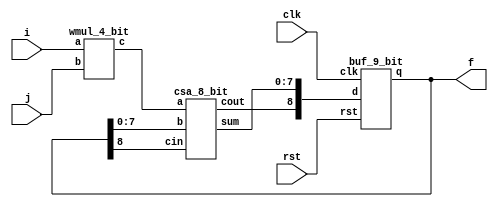
`timescale 1ns / 1ps

module MAC_4_bit(f,i,j,clk,rst);
    
    input [3:0]i,j;
    input clk,rst;
    output [8:0]f;
    
    wire [7:0]m,a;
    wire [8:0]t;
    wire ca1;
    
    wmul_4_bit multiply(m,i,j);
    
    csa_8_bit adder(a,ca1,m,t[7:0],t[8]);
    
    buf_9_bit accmulator(t,{ca1,a},clk,rst);
    
    assign f = t;
    
endmodule

//////////////////////////////////////////////////////////////////////////////////

module buf_9_bit(q,d,clk,rst);

    input [8:0]d;
    input clk,rst;
    output [8:0]q;

        d_ff buffer0(q[0],d[0],clk,rst);
        d_ff buffer1(q[1],d[1],clk,rst);
        d_ff buffer2(q[2],d[2],clk,rst);
        d_ff buffer3(q[3],d[3],clk,rst);
        d_ff buffer4(q[4],d[4],clk,rst);
        d_ff buffer5(q[5],d[5],clk,rst);   
        d_ff buffer6(q[6],d[6],clk,rst);
        d_ff buffer7(q[7],d[7],clk,rst);
        d_ff buffer8(q[8],d[8],clk,rst);
   
endmodule

//////////////////////////////////////////////////////////////////////////////////

module d_ff(q,d,clk,rst);

    input d,clk,rst;
    output reg q;
    
    always @(posedge clk or negedge rst)
    begin
        if(!rst)
            q <= 1'b0; 
        else 
            q <= d; 
    end
        
endmodule 

//////////////////////////////////////////////////////////////////////////////////

module csa_8_bit(sum,cout,a,b,cin);
    
    input [7:0]a,b;
    input cin;
    output [7:0]sum;
    output cout;
    
    wire [7:0]s,c;
    wire [6:0]t;
    
    full_adder adder0(s[0],c[0],a[0],b[0],cin);
    full_adder adder1(s[1],c[1],a[1],b[1],cin);
    full_adder adder2(s[2],c[2],a[2],b[2],cin);
    full_adder adder3(s[3],c[3],a[3],b[3],cin);
    full_adder adder4(s[4],c[4],a[4],b[4],cin);
    full_adder adder5(s[5],c[5],a[5],b[5],cin);
    full_adder adder6(s[6],c[6],a[6],b[6],cin);
    full_adder adder7(s[7],c[7],a[7],b[7],cin);
    
    assign sum[0] = s[0];
    
    half_adder adder8(sum[1],t[0],c[0],s[1]);
    full_adder adder9(sum[2],t[1],c[1],s[2],t[0]);
    full_adder adder10(sum[3],t[2],c[2],s[3],t[1]);
    full_adder adder11(sum[4],t[3],c[3],s[4],t[2]);
    full_adder adder12(sum[5],t[4],c[4],s[5],t[3]);
    full_adder adder13(sum[6],t[5],c[5],s[6],t[4]);
    full_adder adder14(sum[7],t[6],c[6],s[7],t[5]);
    half_adder adder15(cout, ,c[7],t[6]);
 
       
endmodule

//////////////////////////////////////////////////////////////////////////////////

module wmul_4_bit(c,a,b);

    input [3:0]a,b;
    output [7:0]c;
    
    reg p[3:0][3:0];
    wire s0,s1,s2,s3,s4,s5,s6,s7,s8,s9,s10,s11;
    wire c0,c1,c2,c3,c4,c5,c6,c7,c8,c9,c10,c11;
    
    integer i,j;
    
    always @ (a or b)
    begin
        
        for(i=0;i<=3;i=i+1)
            for(j=0;j<=3;j=j+1)
                p[j][i] <= a[j]&b[i];
        
     end 
     
     half_adder adder1(s0,c0,p[0][1],p[1][0]);
     full_adder adder2(s1,c1,p[0][2],p[1][1],p[2][0]);
     full_adder adder3(s2,c2,p[0][3],p[1][2],p[2][1]);
     half_adder adder4(s3,c3,p[1][3],p[2][2]);
     
     half_adder adder5(s4,c4,s1,c0);
     full_adder adder6(s5,c5,s2,c1,p[3][0]);
     full_adder adder7(s6,c6,s3,c2,p[3][1]);
     full_adder adder8(s7,c7,p[2][3],c3,p[3][2]);
     
     half_adder adder9(s8,c8,s5,c4);
     full_adder adder10(s9,c9,s6,c5,c8);
     full_adder adder11(s10,c10,s7,c6,c9);
     full_adder adder12(s11,c11,p[3][3],c7,c10);
     
     assign c[0] = p[0][0];
     assign c[1] = s0;
     assign c[2] = s4;
     assign c[3] = s8;
     assign c[4] = s9;
     assign c[5] = s10;
     assign c[6] = s11;
     assign c[7] = c11;
     
endmodule
        
//////////////////////////////////////////////////////////////////////////////////
        
module full_adder(sum,carry,a,b,c);
    
    output sum,carry;
    input a,b,c;
        
    wire w1,w2,w3;
        
    half_adder adder1(w1,w2,a,b);
    half_adder adder2(sum,w3,w1,c);
    or(carry,w2,w3);
        
endmodule
    
//////////////////////////////////////////////////////////////////////////////////
    
module half_adder(sum,carry,a,b);
    
    output sum,carry;
    input a,b;
        
    xor(sum,a,b);
    and(carry,a,b);
        
endmodule